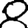
Digit: 8